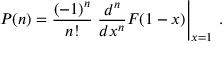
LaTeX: P ( n ) = \frac { ( - 1 ) ^ { n } } { n ! } \left. \frac { d ^ { n } } { d x ^ { n } } F ( 1 - x ) \right| _ { x = 1 } \, .